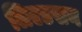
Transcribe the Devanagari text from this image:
लिएडसन